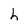
Character: h